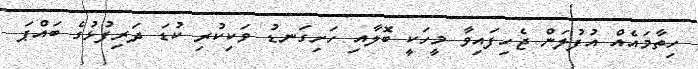
ހިތާމައެއް އުފުލަން ޖެހިފައިވާ މީހަކީ ބޮލާއި ހަށިގަނޑު ވަކިކުރި ކުޑަ ދަރިފުޅުގެ ބައްޕަ